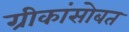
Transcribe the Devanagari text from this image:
ग्रीकांसोबत